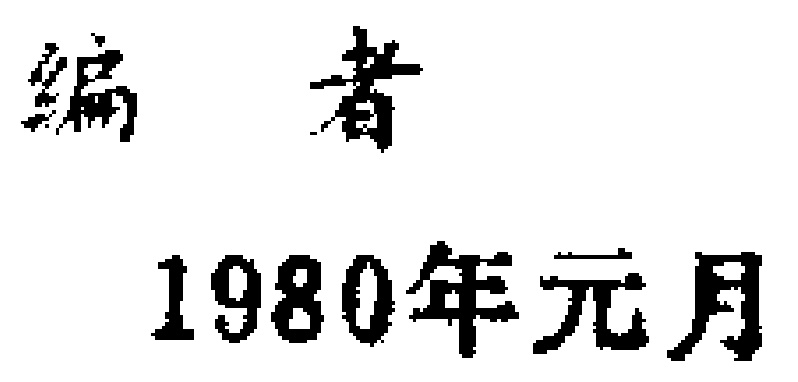
编者
1980年元月